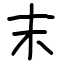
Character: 末